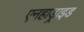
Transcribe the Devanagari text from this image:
एनहाड्राइड